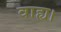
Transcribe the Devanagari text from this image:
वाह्य।